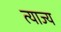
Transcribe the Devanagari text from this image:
त्‍याज्‍य